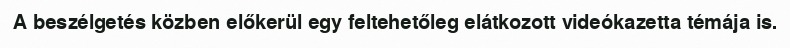
A beszélgetés közben előkerül egy feltehetőleg elátkozott videókazetta témája is.